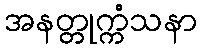
အနတ္တုက္ကံသနာ